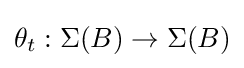
\theta _{t}:\Sigma (B)\to \Sigma (B)